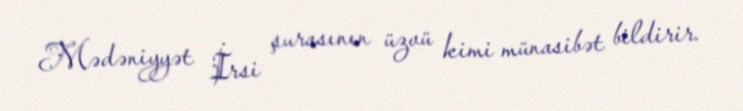
Mədəniyyət İrsi şurasının üzvü kimi münasibət bildirir.